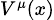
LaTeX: \scriptstyle V^{\mu}(x)